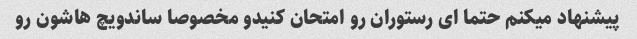
پیشنهاد میکنم حتما ای رستوران رو امتحان کنیدو مخصوصا ساندویچ هاشون رو